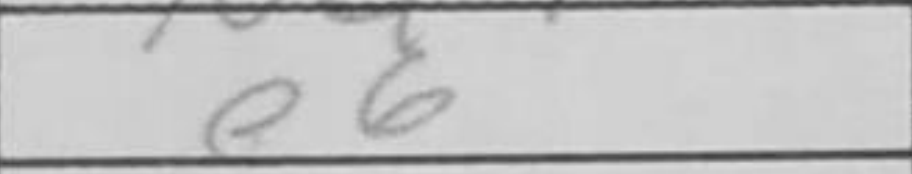
Transcription: e6